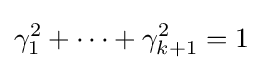
\gamma _{1}^{2}+\cdots +\gamma _{k+1}^{2}=1